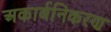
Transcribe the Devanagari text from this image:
अकार्बनिकरण